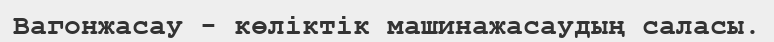
Вагонжасау - көліктік машинажасаудың саласы.